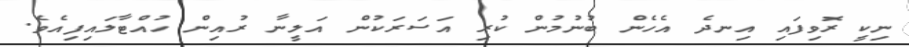
ނިކީ ރޮވިފައި އިނދެ އެހެން ބުނުމުން ކުރި އަސަރަކުން އަލީނާ ރުއިން ހުއްޓާލައިފިއެވެ.